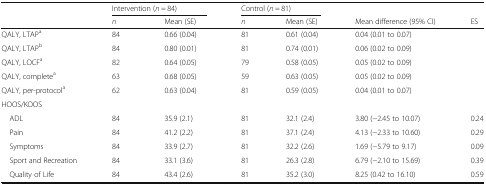
<table><thead><tr><td rowspan="2"></td><td colspan="2"><b>Intervention (<i>n</i> = 84)</b></td><td colspan="2"><b>Control (<i>n</i> = 81)</b></td><td></td><td></td></tr><tr><td><b><i>n</i></b></td><td><b>Mean (SE)</b></td><td><b><i>n</i></b></td><td><b>Mean (SE)</b></td><td><b>Mean difference (95% CI)</b></td><td><b>ES</b></td></tr></thead><tbody><tr><td>QALY, LTAP<sup>a</sup></td><td>84</td><td>0.66 (0.04)</td><td>81</td><td>0.61 (0.04)</td><td>0.04 (0.01 to 0.07)</td><td></td></tr><tr><td>QALY, LTAP<sup>b</sup></td><td>84</td><td>0.80 (0.01)</td><td>81</td><td>0.74 (0.01)</td><td>0.06 (0.02 to 0.09)</td><td></td></tr><tr><td>QALY, LOCF<sup>a</sup></td><td>82</td><td>0.64 (0.05)</td><td>79</td><td>0.58 (0.05)</td><td>0.05 (0.02 to 0.09)</td><td></td></tr><tr><td>QALY, complete<sup>a</sup></td><td>63</td><td>0.68 (0.05)</td><td>59</td><td>0.63 (0.05)</td><td>0.05 (0.02 to 0.09)</td><td></td></tr><tr><td>QALY, per-protocol<sup>a</sup></td><td>62</td><td>0.63 (0.04)</td><td>81</td><td>0.59 (0.05)</td><td>0.04 (0.01 to 0.07)</td><td></td></tr><tr><td colspan="7">HOOS/KOOS</td></tr><tr><td> ADL</td><td>84</td><td>35.9 (2.1)</td><td>81</td><td>32.1 (2.4)</td><td>3.80 (−2.45 to 10.07)</td><td>0.24</td></tr><tr><td> Pain</td><td>84</td><td>41.2 (2.2)</td><td>81</td><td>37.1 (2.4)</td><td>4.13 (−2.33 to 10.60)</td><td>0.29</td></tr><tr><td> Symptoms</td><td>84</td><td>33.9 (2.7)</td><td>81</td><td>32.2 (2.6)</td><td>1.69 (−5.79 to 9.17)</td><td>0.09</td></tr><tr><td> Sport and Recreation</td><td>84</td><td>33.1 (3.6)</td><td>81</td><td>26.3 (2.8)</td><td>6.79 (−2.10 to 15.69)</td><td>0.39</td></tr><tr><td> Quality of Life</td><td>84</td><td>43.4 (2.6)</td><td>81</td><td>35.2 (3.0)</td><td>8.25 (0.42 to 16.10)</td><td>0.59</td></tr></tbody></table>